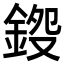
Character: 𨧍